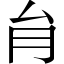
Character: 䏍